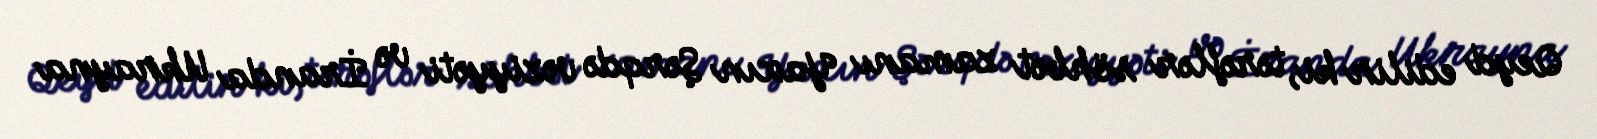
Qeyd edilir ki, tərəflər söhbət zamanı Yaxın Şərqdə vəziyyəti və İranda Ukrayna